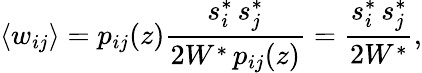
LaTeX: \langle w_{ij}\rangle=p_{ij}(z)\frac{s_{i}^{*}\, s_{j}^{*}}{2W^{*}\, p_{ij}(z)}=\frac{s_{i}^{*}\, s_{j}^{*}}{2W^{*}},